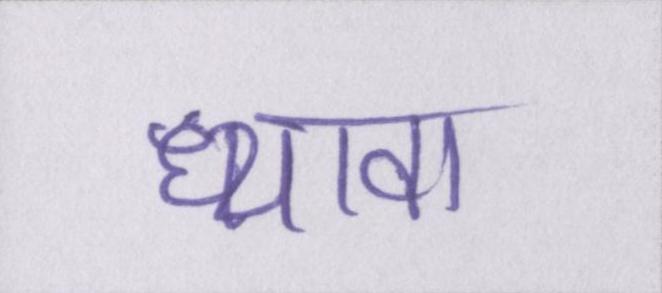
ध्यावा